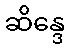
ဆိန္ဒေ